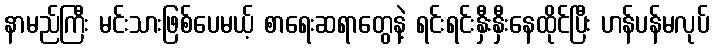
နာမည်ကြီး မင်းသားဖြစ်ပေမယ့် စာရေးဆရာတွေနဲ့ ရင်းရင်းနှီးနှီးနေထိုင်ပြီး ဟန်ပန်မလုပ်